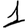
Digit: 1